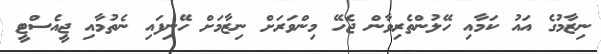
ނިޒާމުގެ އައު ކަމާއި ހޭލުންތެރިވާން ޖެހޭ މިންވަރަށް ނިޒާމަށް ހޭނިފައި ނެތުމާއި ޖީއެސްޓީ